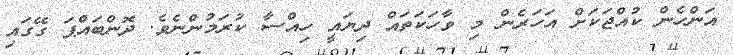
އަންހެން ކުއްޖަކަށް އަހަރެން މި ވާހަކަތައް ދިޔައީ ހިއްސާ ކުރަމުންނެވެ. ދޮންބައްޕަ ގޭގައި